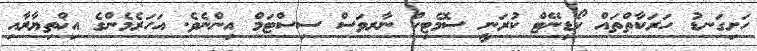
ހަށިގަނޑު ހަރަކާތްތައް ކޯޑިނޭޓް ކުރަނީ ސޮމެޓިކް ނާރވަސް ސިސްޓަމް އިންނެވެ. އަހަރެމެންގެ އިޚްތިޔާރާއި